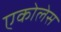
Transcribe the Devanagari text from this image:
एकोलेस